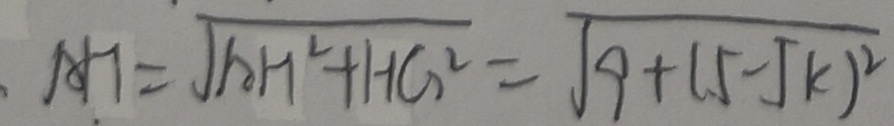
A H = \sqrt { A H ^ { 2 } + H G ^ { 2 } } = \sqrt { 9 + ( 5 - 5 k ) ^ { 2 } }